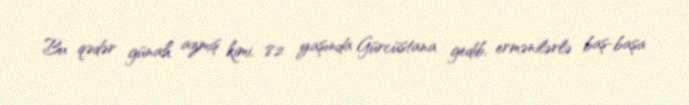
Bu qədər günah azmış kimi, 82 yaşında Gürcüstana gedib, ermənilərlə baş-başa